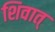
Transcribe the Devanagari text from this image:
शिवात्